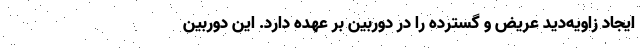
ایجاد زاویه‌دید عریض و گسترده را در دوربین بر عهده دارد. این دوربین